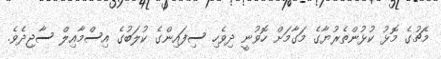
މެޗުގެ މޮޅު ކުޅުންތެރުޔާގެ މަގާމަށް ހޮވުނީ ދިވެހި ސިފައިންގެ ކުލަބުގެ އިސްމާއިލް ސާޖިދެވެ.